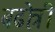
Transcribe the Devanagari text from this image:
बढो़त्री